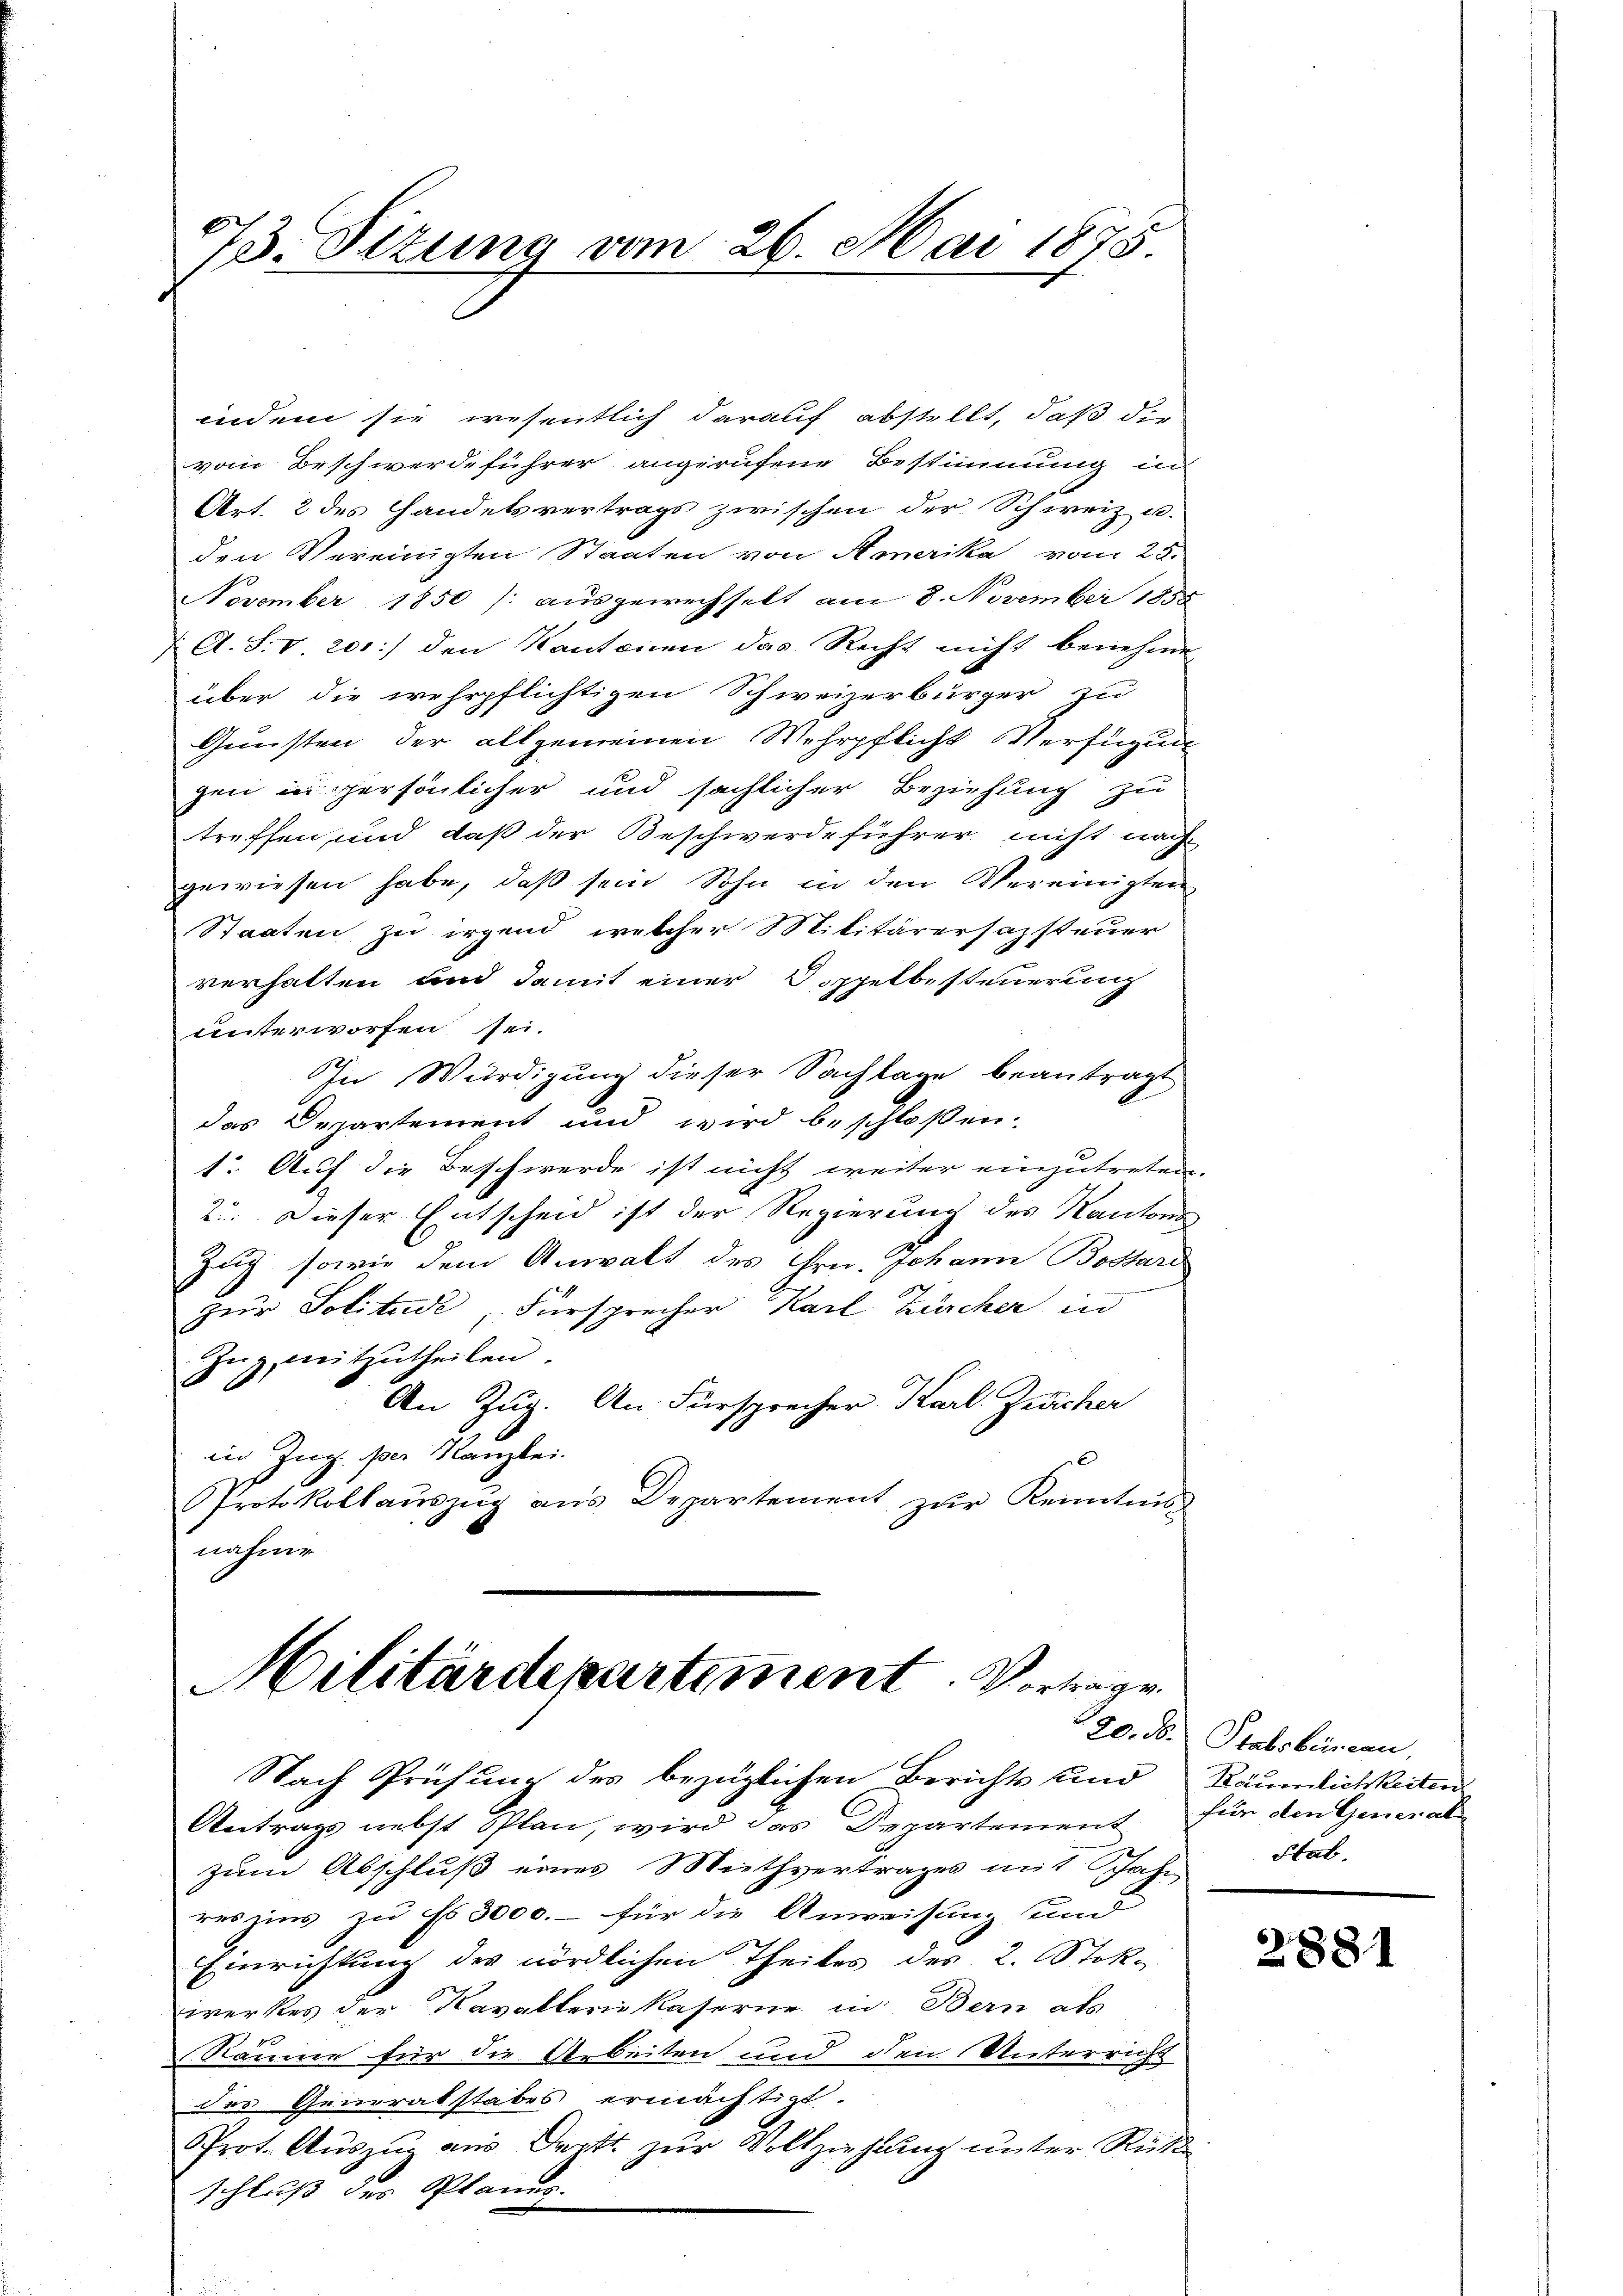
73. Sitzung vom 26. Mai 1875

indem sie wesentlich darauf abstellt, daß die
vom Beschwerdeführer angerufene Bestimmung in
Art. 2 des Handelsvertrags zwischen der Schweiz u.
den Vereinigten Staaten von Amerika vom 25.
November 1850 /: ausgewechselt am 8. November 1858
 A. S. V. 201:) den Kantonen das Recht nicht benehme
über die wehrpflichtigen Schweizerbürger zu
Gunsten der allgemeinen Wehrpflicht Verfügung
gen in persönlicher und sächlicher Beziehung zu
treffen und daß der Beschwerdeführer nicht nach
gewiesen habe, daß sein Sohn in den Vereinigten
Staaten zu irgend, welcher Militärersazsteuer
verhalten und damit einer Doppelbesteuerung
unterworfen sei.
In Würdigung dieser Sachlage beantragt
das Departement und wird beschloßen.
1. Auf die Beschwerde ist nicht weiter einzutreten
2. Dieser Entscheid ist der Regierung des Kantons
Zug, sowie dem Anwalt des Hrn. Johann Bossard
zur Solitude, Fürsprecher Karl Zürcher in
Zuz mitzutheilen.
An Zug. An Fürsprecher Karl. Zeicher
in Zug. per Kanzlei.
Protokollaŭszŭg ans Departement zŭr Kenntnis
nahme

Militärdepartement. Vortrage

Nach Prüfung des bezüglichen Berichts und Räumlichkeiten
Antrags nebst Plan, wird das Departement für den General-
zum Abschluß eines Miethvertrages mit Jahr
res uns zu s 3000.- für die Anweisung und
Einrichtung des nördlichen Theiles des 2. Stokwerkes der Kavaller Kaserne in Bern als
Räume für die Arbeiten und den Unterricht
das Generalstabes ermächtigt.
Prot. Auszug aus Deptt. zur Vollziehlung unter Rück
schluß der Planes.

290. 16. Stabsbureau,
Stat

2881